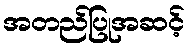
အတည်ပြုအဆင့်